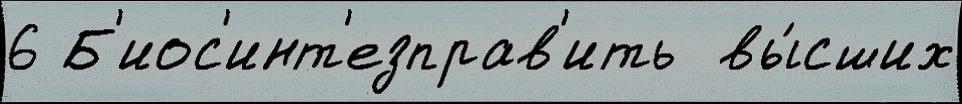
6 Б'иос'инт'езправ'ить  вы́сших